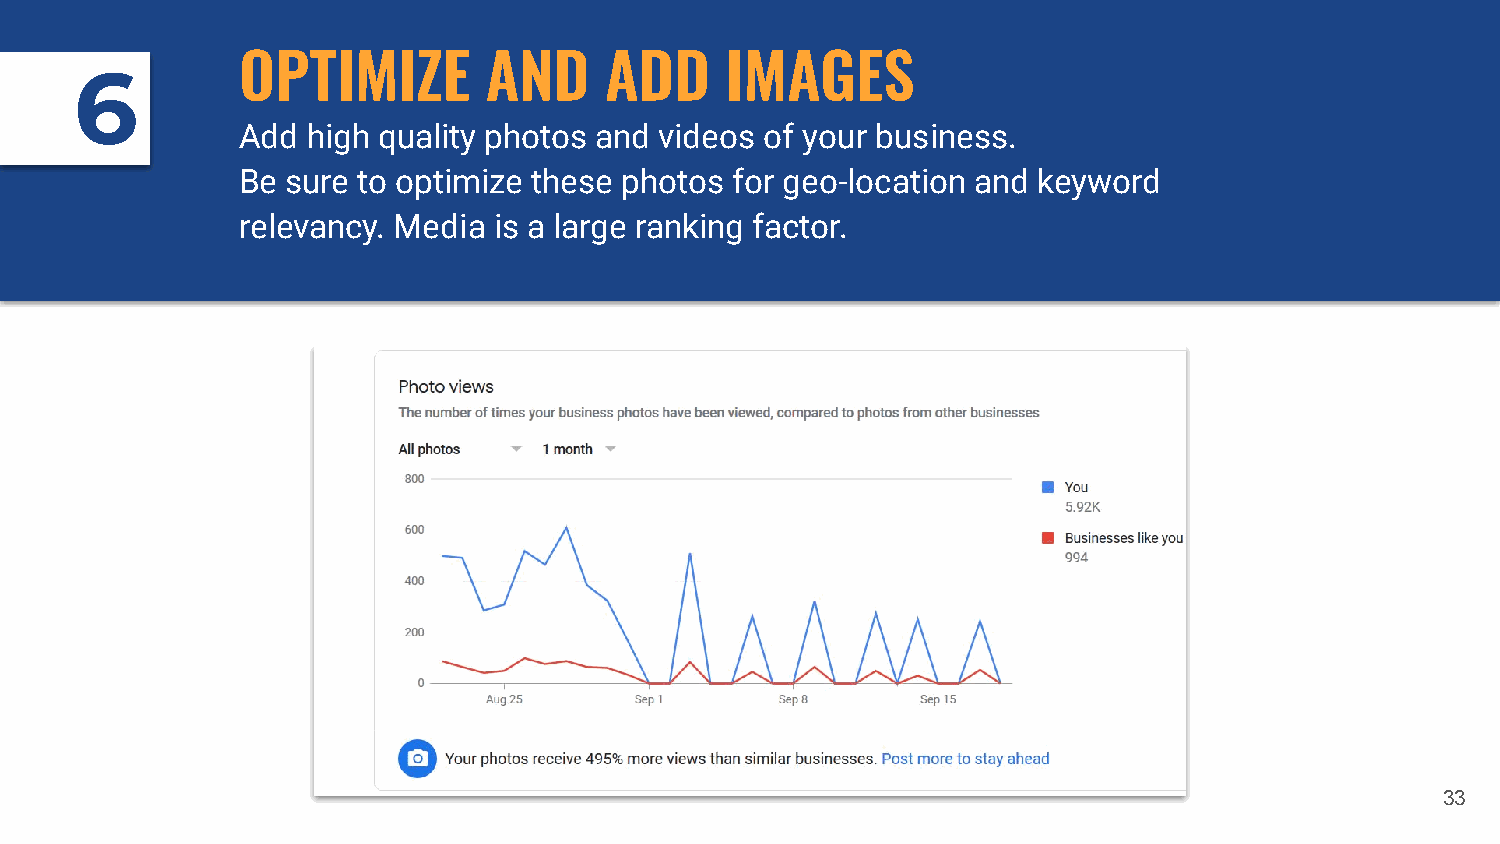
OPTIMIZE        AND     ADD     IMAGES
 6
 Add high quality photos and videos of your business.
 Be sure to optimize these photos for geo-location and keyword
 relevancy. Media is a large ranking factor.
 33